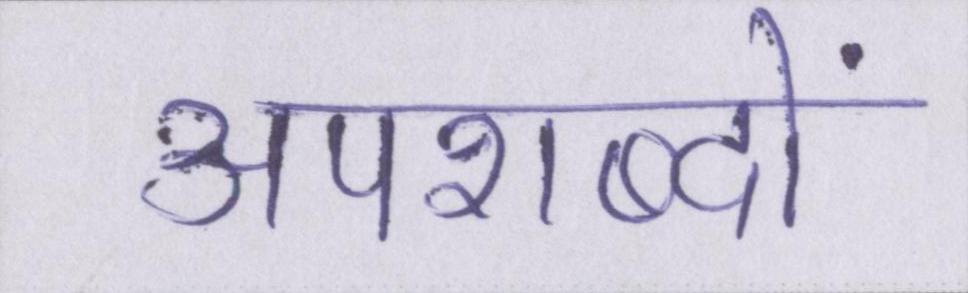
अपशब्दों